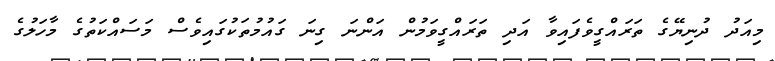
މިއަދު ދުނިޔޭގެ ތަރައްގީވެފައިވާ އަދި ތަރައްގީވަމުން އަންނަ ގިނަ ގައުމުތަކުގައިވެސް މަސައްކަތުގެ މާހަލުގެ